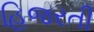
હિજરતી